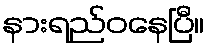
နားရည်ဝနေပြီ။